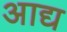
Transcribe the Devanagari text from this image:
अाद्य